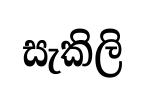
සැකිලි